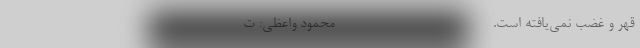
قهر و غضب نمی‌یافته است. ------------------------- محمود واعظی: ت